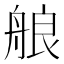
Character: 艆